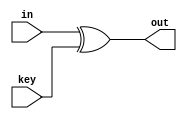
module AddRoundKey (
    in,key,out
);
    input [127:0] in,key;
    output [127:0] out;
    assign out = in^key;
endmodule